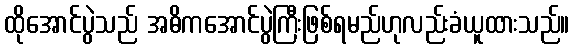
ထိုအောင်ပွဲသည် အဓိကအောင်ပွဲကြီးဖြစ်ရမည်ဟုလည်းခံယူထားသည်။